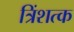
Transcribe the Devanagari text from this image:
त्रिंशत्क